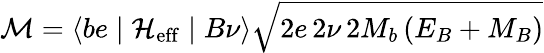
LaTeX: {\cal M}=\langle be\mid{\cal H_{\mathrm{eff}}}\mid B\nu\rangle\sqrt{2e\, 2\nu\, 2M_{b}\, (E_{B}+M_{B})}